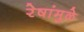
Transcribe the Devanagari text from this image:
रेषांमुळे